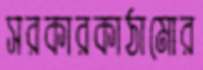
সরকারকাঠামোর